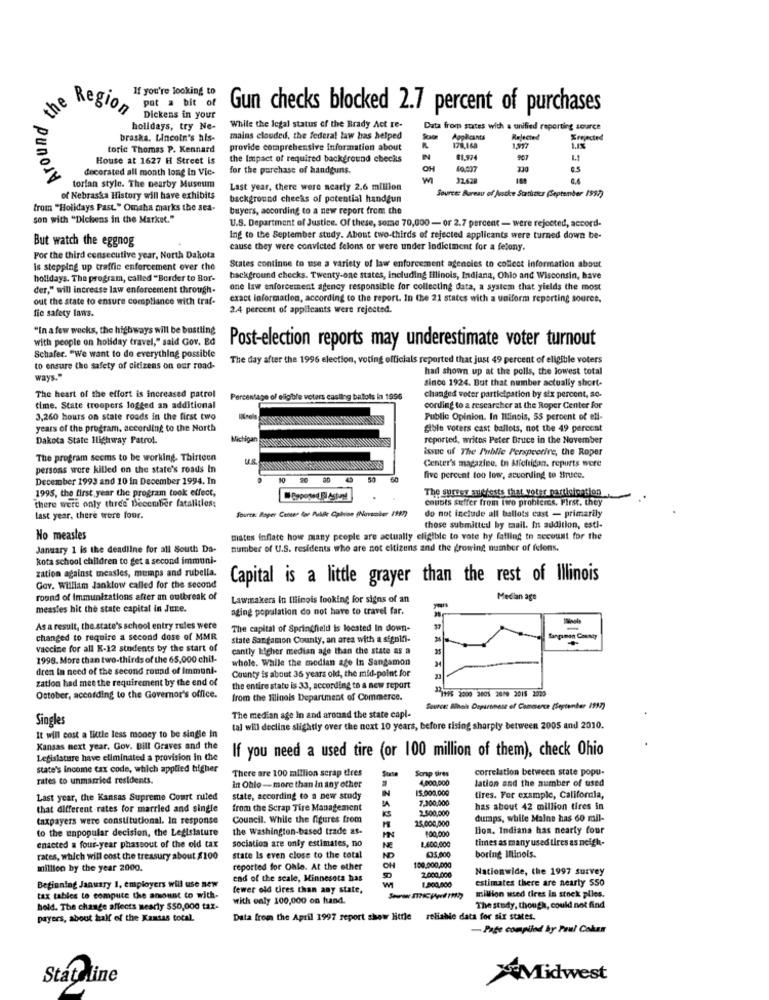
Around the
If you're looking to
pat a bit of
Gun checks blocked 2.7 percent of purchases
the Region
Dickens in your
holidays, try Ne-
While the legal status of the Brady Act re-
Data from states with a unified reporting source
braska. Lincoln's his-
mains clouded, the federal law has helped
Applicants
Rejected
torie Thomas P. Kennard
provide comprehensive Information about
178,168
House at 1627 H Street is
the Impact of required background checks
81,974
907
decorated all month long In Vic-
for the purchase of handguns.
OH
torlan style. The nearby Museum
Last year, there were nearly 2.6 million
Source: Bureau of Justke Stattsoks (September 1997)
of Nebraska History will have exhibits
background checks of potential handgun
from "Holidays Past." Omaha marks the sea-
buyers, according to a new report from the
son with "Dickens in the Market."
U.S. Department of Justice. Of these, some 70,000 - or 2.7 percent - were rejected, accord-
But watch the eggnog
Ing to the September study. About two-thirds of rejected applicants were turned down be-
cause they were convicted felons or were under lodictment for a felony.
For the third consecutive year, North Dakota
is stepping up traffic enforcement over the
States continue to use a variety of law enforcement agencies to collect information about
holidays. The program, called "Border to Bor-
background checks. Twenty-one states, Including Illinois, Indiana, Ohio and Wisconsin, have
der," will increase law enforcement through-
one law enforcement agency responsible for collecting data, a system that yields the most
out the state to ensure compliance with traf-
exact information, according to the report. In the 21 states with a uniform reporting source,
fie safety laws.
2.4 percent of applicants were rejected.
"In a few weeks, the highways will be bustling
with people on holiday travel," said Gov. Bd
Post-election reports may underestimate voter turnout
Schafer. "We want to do everything possible
The day after the 1996 election, voting officials reported that just 49 percent of eligible voters
to ensure the safety of citizens on our road-
had shown up at the polls, the lowest total
ways."
since 1924. But that number actually short-
The heart of the effort is increased patrol
Percentage of eligible voters casting ballots in 1996
changed voter participation by six percent, se-
time. State troopers logged an additional
cording to a researcher at the Roper Center for
3,260 hours on state roads in the first two
Public Opinion. In Illinois, 55 percent of ell-
years of the program. according to the North
gible voters cast ballots, not the 49 percent
Dakota State Highway Patrol.
Michigan
reported, writes Peter Bruce in the November
issue of The Public Perspective, the Roper
The program seems to be working. Thirteen
Center's magazine. in Michigan, reports were
persons were killed on the state's roads In
December 1993 and 10 in December 1994. In
30
60
five percent too low, according to Bruce.
1995, the first year the program took effect,
The survey autrests that voter participation
there were only three December fatalities;
Colibts suffer from two prohicies, First. they
Source: Raper Center for Public Calion (November 1987)
do not include all ballots cast - primarily
last year, there were four.
those submitted by maall. In addition, esti-
No measles
mates inflate how many people are actually eligible to vote hy failing to secount for the
January 1 is the deadline for all South Da-
number of U.S. residents who are not eltizens and the growing number of felons.
kota school children to get a second immuni-
zation against measles, mumps and rubella.
Capital is a little grayer than the rest of Illinois
Gov. William Janklow called for the second
round of Immunizations after an outbreak of
Lawmakers In Illinois looking for signs of an
Median age
measles hit the state capital in June.
aging population do not have to travel far.
-
As a result, the state's school entry rules were
The capital of Springfield is located In down-
changed to require a second dose of MMR
state Sangamon County, an area with a signifi-
vaccine for all K-12 students by the start of
cantly higher median age than the state as a
1998. More than two-thirds of the 65,000 chil-
whole. While the median age In Sangamon
dren In need of the second round of Immuni-
County is about 36 years old, the mid-point for
zation had mee the requirement by the end of
the entire statu is 33, according to a new report
October, according to the Governor's office.
from the Jilinois Department of Commerce.
17197S 2000 2005 2010 2015 2020
The median age In and around the state capl-
Source: Black Department of Commerce (September 1997)
Singles
tal will decline slightly over the next 10 years, before rising sharply between 2005 and 2010.
It will cost a little less money to be single in
Kansas next year. Gov. Bill Graves and the
If you need a used tire (or 100 million of them), check Ohio
Legislature have eliminated a provision in the
state's income tax code, which applied higher
There are 100 million scrap tires
Scrap sires
correlation between state popu-
rates to unmarried residents.
4,000,000
lation and the number of used
in Ohlo - more than in any other
IN
15.000,000
Last year, the Kansas Supreme Court ruled
state, according to a new study
7.300,000
tires. For example, California,
that different rates for married and single
from the Scrap Tire Management
2.500,000
has about 42 million tires in
taxpayers were constitutional. In response
Council. While the figures from
KS
25,000,000
dumps, while Malne has 60 mil-
to the unpopular decision, the Legislature
the Washington-based trade as-
100,000
lion. Indiana has nearty four
enacted a four-year phassout of the old tax
sociation are only estimates, no
1.600,000
times as many used tires as neigh-
NE
rates, which will cost the treasury about $100
state Is even close to the total
ND
435,000
boring Illinois.
million by the year 2000.
reported for Ohle. At the other
OH
100.000,000
2.000.000
Nationwide, the 1997 survey
Beginning January 1, employers will use new
end of the scale, Minnesota has
estimates there are nearty 550
fewer old tires than any state,
1.500.000
tax tables to compute the amount to with-
with only 100,000 on hand.
million used dres In stock piles.
hold. The change affects nearly $50,000 tax-
The study, though, could not find
payers, about half of the Kantas total.
Data from the April 1997 report show little
reliable data for six states.
-Page compiled by Paul Cokan
Stat ine
Midwest